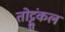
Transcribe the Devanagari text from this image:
तोट्टुंकल